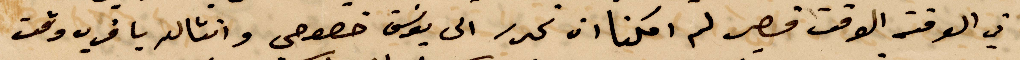
في الوقت الوقت قصير لم امكنا ان نحرر الى يوسف خصوصي وانشالله باقرب وقت